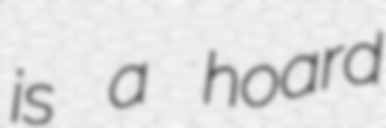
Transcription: is a hoard